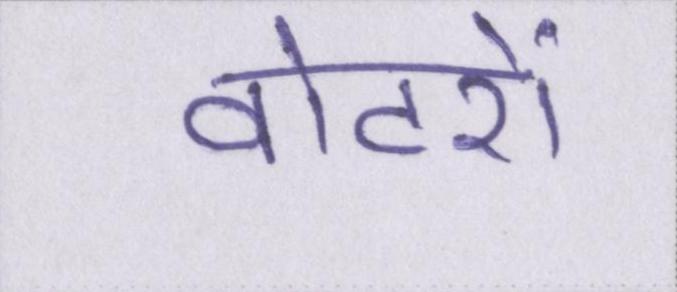
वोटरों